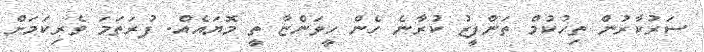
ސަރުކާރުން ތިހުކުމް ތަންފީޒު ކުރާނެ ހެން ހީވަންޏާ ތީ މޮޔައެއް. ފުރަތަމަ ވެރިކަމަށް